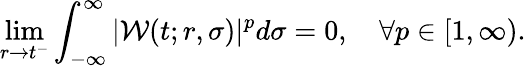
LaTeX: \operatorname*{lim}_{r\rightarrow t^{-}}\int_{-\infty}^{\infty}|\mathcal{W}(t;r,\sigma)|^{p}d\sigma=0,\quad\forall p\in[1,\infty).